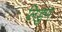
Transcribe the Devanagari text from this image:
लिडुण